Malaria in India - Number 2
Disease focus: Malaria
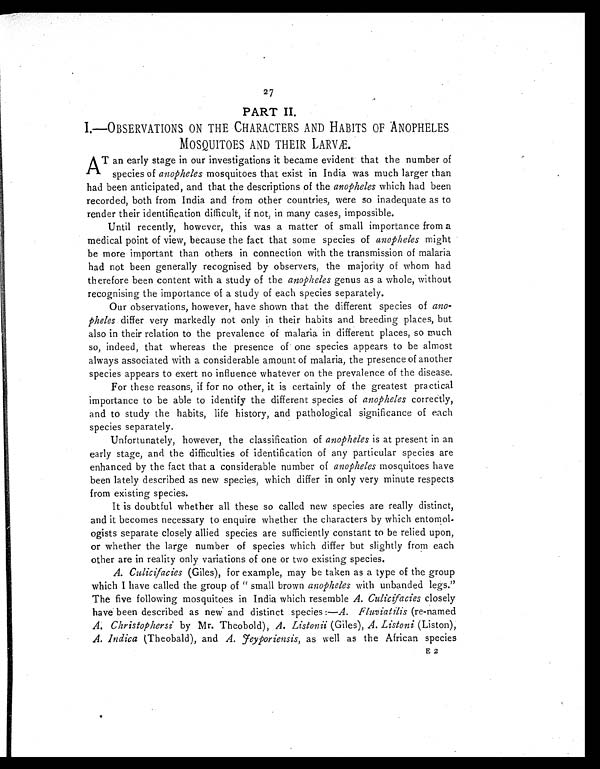
2 7
PART II.
I. OBSERVATIONS ON THE CHARACTERS AND HABITS OF ANOPHELES
MOSQUITOES AND THEIR LARVÆ.
A
T an early stage in our investigations it became evident that the number of
species of anopheles mosquitoes that exist in India was much larger than
had been anticipated, and that the descriptions of the anopheles which had been
recorded, both from India and from other countries, were so inadequate as to
render their identification difficult, if not, in many cases, impossible.
Until recently, however, this was a matter of small importance from a
medical point of view, because the fact that some species of anopheles might
be more important than others in connection with the transmission of malaria
had not been generally recognised by observers, the majority of whom had
therefore been content with a study of the anopheles genus as a whole, without
recognising the importance of a study of each species separately.
Our observations, however, have shown that the different species of ano-
pheles differ very markedly not only in their habits and breeding places, but
also in their relation to the prevalence of malaria in different places, so much
so, indeed, that whereas the presence of one species appears to be almost
always associated with a considerable amount of malaria, the presence of another
species appears to exert no influence whatever on the prevalence of the disease.
For these reasons, if for no other, it is certainly of the greatest practical
importance to be able to identify the different species of anopheles correctly,
and to study the habits, life history, and pathological significance of each
species separately.
Unfortunately, however, the classification of anopheles is at present in an
early stage, and the difficulties of identification of any particular species are
enhanced by the fact that a considerable number of anopheles mosquitoes have
been lately described as new species, which differ in only very minute respects
from existing species.
It is doubtful whether all these so called new species are really distinct,
and it becomes necessary to enquire whether the characters by which
e n t o m o l - o g i s t s s e p a r a t e c l o s e l y a l l i e d s p e c i e s a r e s u f f i c i e n t l y c o n s t a n t t o b e r e l i e d u p o n ,
or whether the large number of species which differ but slightly from each
other are in reality only variations of one or two existing species.
A. Culicifacies (Giles), for example, may be taken as a type of the group
which I have called the group of "small brown anopheles with unhanded legs."
The five following mosquitoes in India which resemble A. Culicifacies closely
have been described as new and distinct species :—A. Fluviatilis (re-named
A. Christophersi by Mr. Theobold), A. Listonii (Giles), A. Listoni (Liston),
A. Indica (Theobald), and A. Feyporiensis, as well as the African species
E 2
E 2